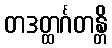
တဒတ္ထင်္ဂတန္တိ